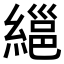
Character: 𦃽